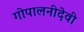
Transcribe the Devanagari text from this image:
गोपालनीदेवी